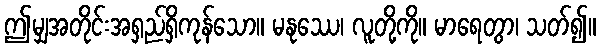
ဤမျှအတိုင်းအရှည်ရှိကုန်သော။ မနုဿေ၊ လူတို့ကို။ မာရေတွာ၊ သတ်၍။